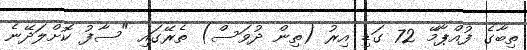
ތިބާގެ ފުއްޕާމޭ 72 ގަޑި އިރު (ތިން ދުވަސް) ތެރޭގައި "ސާފު ކޮށްލަދޭނެ